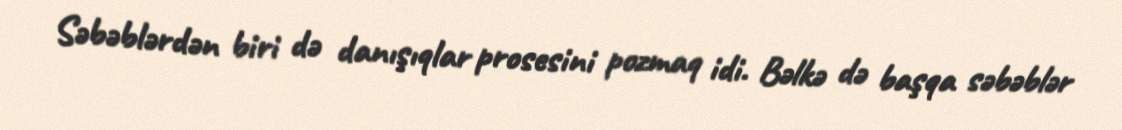
Səbəblərdən biri də danışıqlar prosesini pozmaq idi. Bəlkə də başqa səbəblər